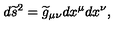
d { \widetilde s } ^ { 2 } = { \widetilde g } _ { \mu \nu } d x ^ { \mu } d x ^ { \nu } ,